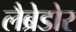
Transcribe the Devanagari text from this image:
लैब्रेडोर